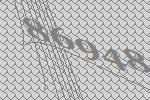
86948